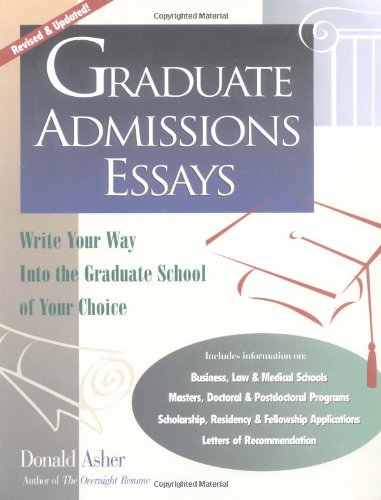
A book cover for Graduate Admissions Essays: Write Your Way into the Graduate School of Your Choice; Donald Asher; Education & Teaching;